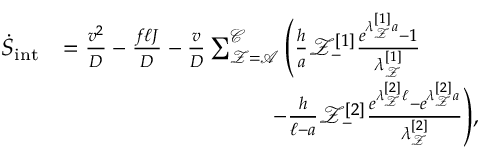
\begin{array} { r l } { \dot { S } _ { \mathrm { i n t } } } & { = \frac { v ^ { 2 } } { D } - \frac { f \ell J } { D } - \frac { v } { D } \sum _ { \mathcal { Z } = \mathcal { A } } ^ { \mathcal { C } } \Bigg ( \frac { h } { a } \mathcal { Z } _ { - } ^ { [ 1 ] } \frac { e ^ { \lambda _ { \mathcal { Z } } ^ { [ 1 ] } a } - 1 } { \lambda _ { \mathcal { Z } } ^ { [ 1 ] } } } \\ & { ~ ~ ~ ~ ~ ~ ~ ~ ~ ~ ~ ~ ~ ~ ~ ~ ~ ~ ~ ~ ~ ~ ~ ~ ~ ~ ~ - \frac { h } { \ell - a } \mathcal { Z } _ { - } ^ { [ 2 ] } \frac { e ^ { \lambda _ { \mathcal { Z } } ^ { [ 2 ] } \ell } - e ^ { \lambda _ { \mathcal { Z } } ^ { [ 2 ] } a } } { \lambda _ { \mathcal { Z } } ^ { [ 2 ] } } \Bigg ) , } \end{array}